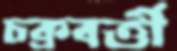
চক্রবর্ত্তী